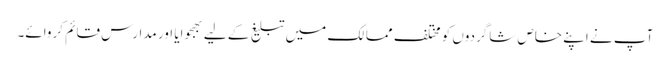
آپ نے اپنے خاص شاگردوں کو مختلف ممالک میں تبلیغ کے لیے بھجوایا اور مدارس قائم کروائے۔